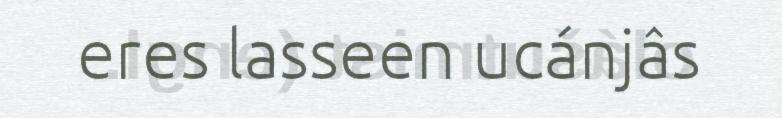
eres lasseen ucánjâs